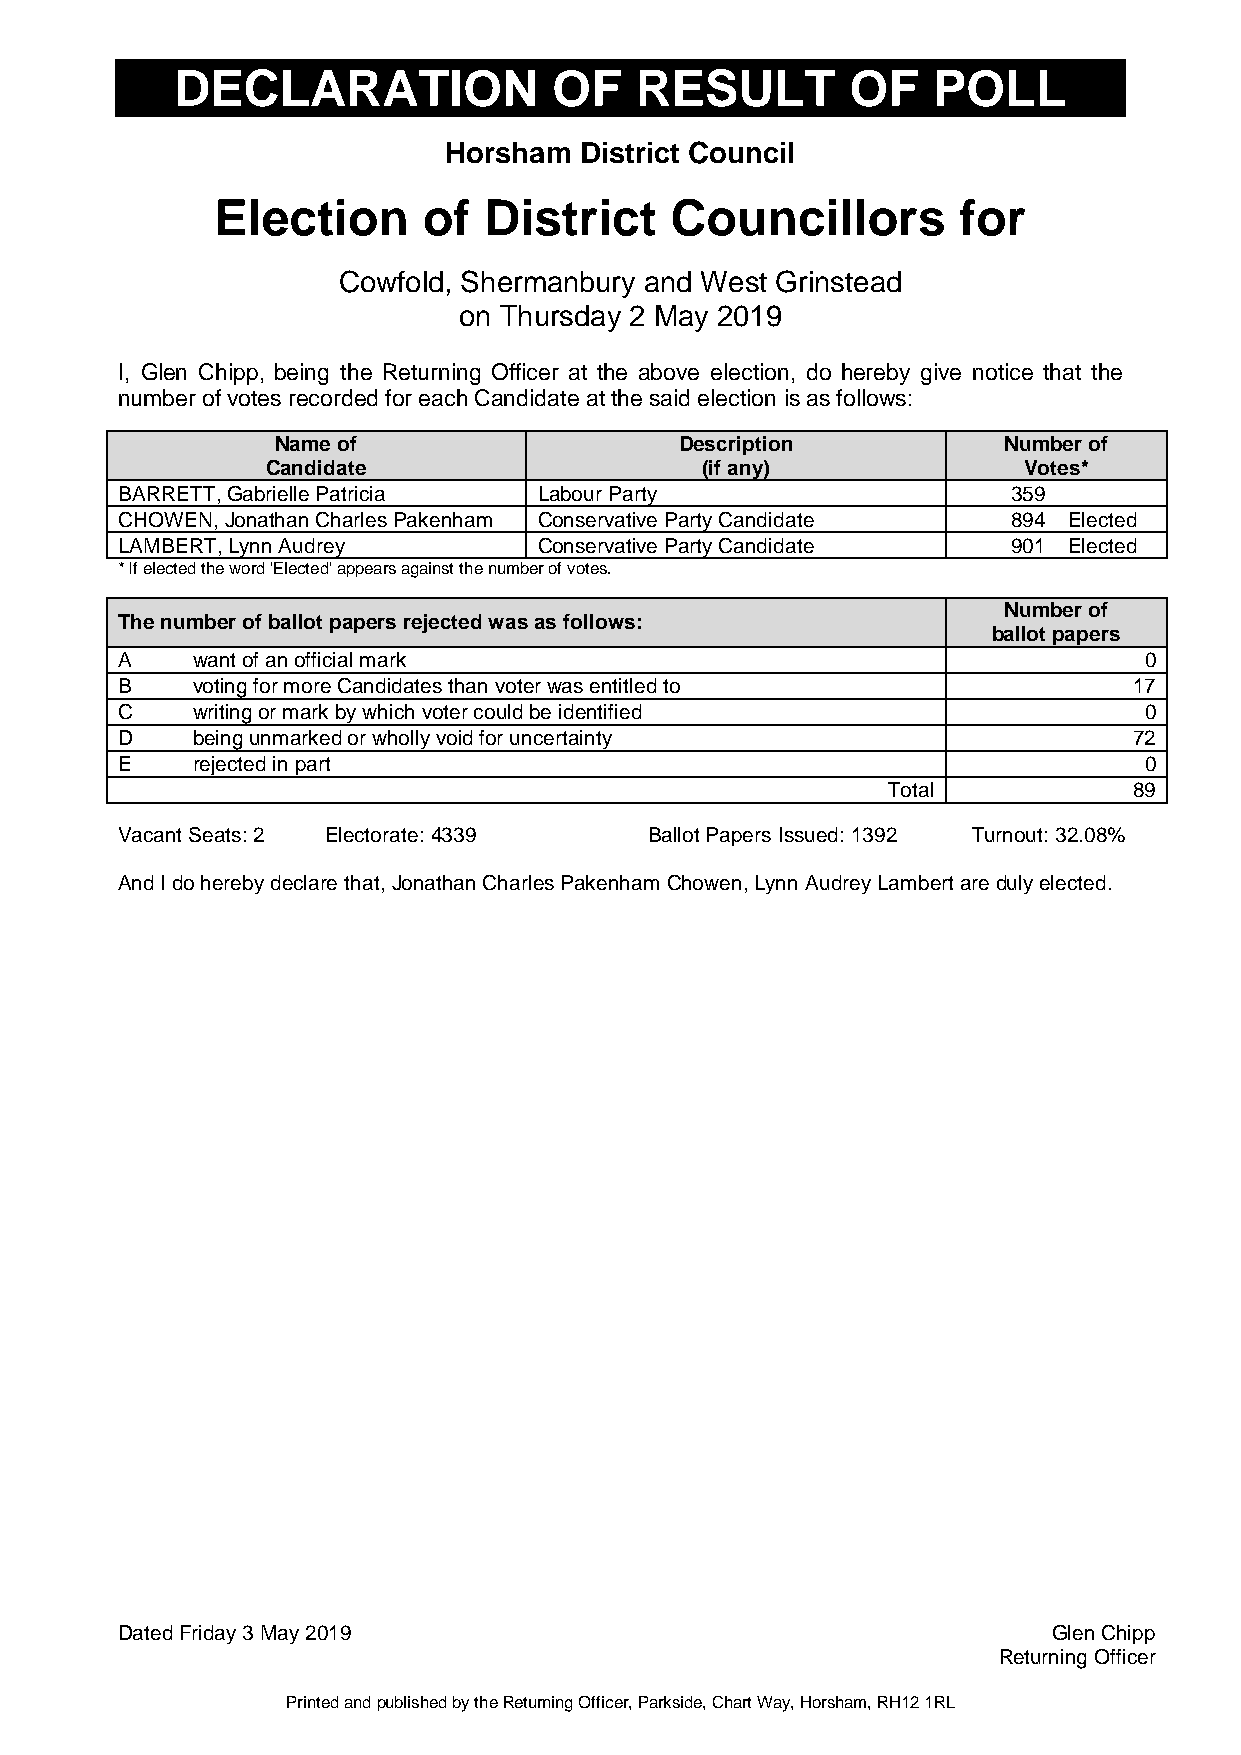
DECLARATION              OF   RESULT        OF    POLL
 Horsham  District Council
 Election      of  District    Councillors        for
 Cowfold, Shermanbury and West Grinstead
 on Thursday 2 May 2019
 I, Glen Chipp, being the Returning Officer at the above election, do hereby give notice that the
 number of votes recorded for each Candidate at the said election is as follows:
 Name of                    Description          Number of
 Candidate                   (if any)              Votes*
 BARRETT, Gabrielle Patricia Labour Party                   359
 CHOWEN, Jonathan Charles Pakenham Conservative Party Candidate 894 Elected
 LAMBERT, Lynn Audrey        Conservative Party Candidate   901 Elected
 * If elected the word 'Elected' appears against the number of votes.
 Number of
 The number of ballot papers rejected was as follows:
 ballot papers
 A    want of an official mark                                       0
 B    voting for more Candidates than voter was entitled to         17
 C    writing or mark by which voter could be identified             0
 D    being unmarked or wholly void for uncertainty                 72
 E    rejected in part                                               0
 Total           89
 Vacant Seats: 2 Electorate: 4339   Ballot Papers Issued: 1392 Turnout: 32.08%
 And I do hereby declare that, Jonathan Charles Pakenham Chowen, Lynn Audrey Lambert are duly elected.
 Dated Friday 3 May 2019                                       Glen Chipp
 Returning Officer
 Printed and published by the Returning Officer, Parkside, Chart Way, Horsham, RH12 1RL